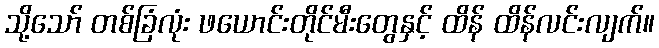
သို့သော် တစ်ခြံလုံး ဖယောင်းတိုင်မီးတွေနှင့် ထိန် ထိန်လင်းလျက်။